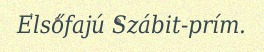
Elsőfajú Szábit-prím.